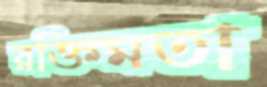
রক্তিমতা